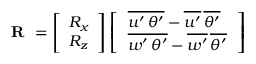
\textbf { R } = \left[ \begin{array} { l } { R _ { x } } \\ { R _ { z } } \end{array} \right] \left[ \begin{array} { l } { \, \overline { { { u ^ { \prime } \, \theta ^ { \prime } } } } - \overline { { { u ^ { \prime } } } } \, \overline { { { \theta ^ { \prime } } } } \, } \\ { \, \overline { { { w ^ { \prime } \, \theta ^ { \prime } } } } - \overline { { { w ^ { \prime } } } } \, \overline { { { \theta ^ { \prime } } } } \, } \end{array} \right]